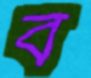
ব